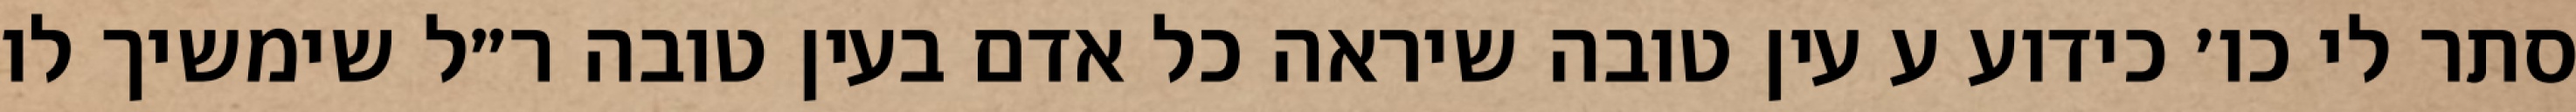
סתר לי כו׳ כידוע ע עין טובה שיראה כל אדם בעין טובה ר״ל שימשיך לו